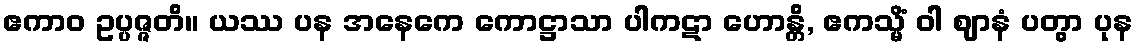
ဧကာဝ ဥပ္ပဇ္ဇတိ။ ယဿ ပန အနေကေ ကောဋ္ဌာသာ ပါကဋာ ဟောန္တိ, ဧကသ္မိံ ဝါ ဈာနံ ပတွာ ပုန